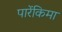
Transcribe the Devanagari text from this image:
पारेंकिमा